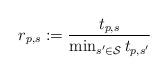
LaTeX: \begin{align*}r_{p,s} := \frac{t_{p,s}}{\min_{s^\prime \in \mathcal{S}}t_{p,s^\prime}}\end{align*}